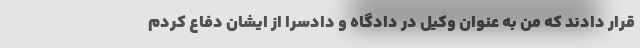
قرار دادند که من به عنوان وکیل در دادگاه و دادسرا از ایشان دفاع کردم